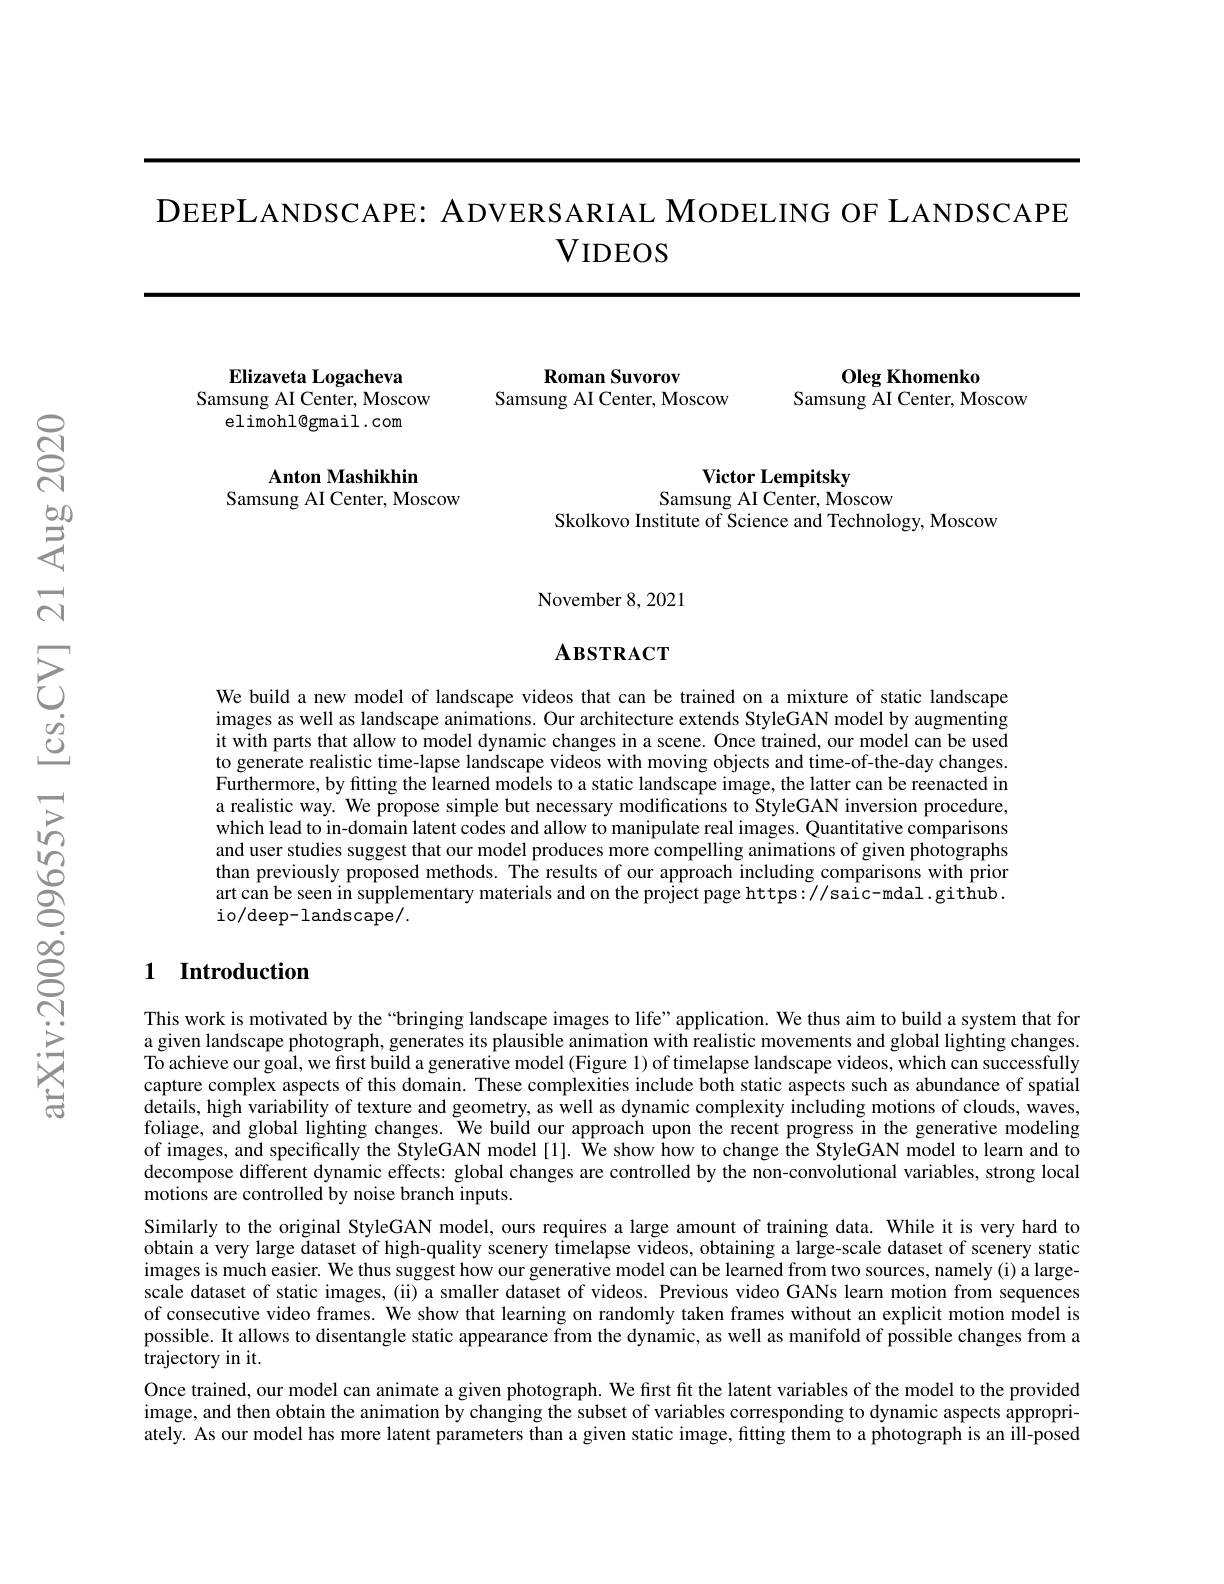
DEEPLANDSCAPE: ADVERSARIAL MODELING OF LANDSCAPE

$V_{\mathrm{IDEOS}}$

Oleg Khomenko

Samsung AI Center, Moscow

Elizaveta Logacheva
Samsung AI Center, Moscow
elimohl@gmail.com

Anton Mashikhin
Samsung AI Center, Moscow

Roman Suvorov

Samsung AI Center, Moscow

Victor Lempitsky
Samsung AI Center, Moscow

Skolkovo Institute of Science and Technology, Moscow

### November 8, 2021

## $\mathbf{A}_{\mathbf{BSTRACT}}$

We build a new model of landscape videos that can be trained on a mixture of static landscape images as well as landscape animations. Our architecture extends StyleGAN model by augmenting it with parts that allow to model dynamic changes in a scene. Once trained, our model can be used to generate realistic time-lapse landscape videos with moving objects and time-of-the-day changes. Furthermore, by fitting the learned models to a static landscape image, the latter can be reenacted in a realistic way. We propose simple but necessary modifications to StyleGAN inversion procedure, which lead to in-domain latent codes and allow to manipulate real images. Quantitative comparisons and user studies suggest that our model produces more compelling animations of given photographs than previously proposed methods. The results of our approach including comparisons with prior art can be seen in supplementary materials and on the project page https: //saic-mdal.github. io/deep-landscape/.

## 1 Introduction

This work is motivated by the“bringing landscape images to life”application. We thus aim to build a system that for a given landscape photograph, generates its plausible animation with realistic movements and global lighting changes. To achieve our goal, we fırst build a generative model (Figure 1) of timelapse landscape videos, which can successfully capture complex aspects of this domain. These complexities include both static aspects such as abundance of spatial details, high variability of texture and geometry, as well as dynamic complexity including motions of clouds, waves, foliage, and global lighting changes. We build our approach upon the recent progress in the generative modeling of images, and specifically the StyleGAN model[1]. $\hat{\text{We show how to change the StyleGAN model to learn and to}}$ decompose different dynamic effects: global changes are controlled by the non-convolutional variables, strong local motions are controlled by noise branch inputs.
Similarly to the original StyleGAN model, ours requires a large amount of training data. While it is very hard to obtain a very large dataset of high-quality scenery timelapse videos, obtaining a large-scale dataset of scenery static images is much easier. We thus suggest how our generative model can be learned from two sources, namely (i) a largescale dataset of static images, (ii) a smaller dataset of videos. Previous video GANs learn motion from sequences of consecutive video frames. We show that learning on randomly taken frames without an explicit motion model is possible. It allows to disentangle static appearance from the dynamic, as well as manifold of possible changes from a trajectory in it.
Once trained, our model can animate a given photograph. We first fit the latent variables of the model to the provided image, and then obtain the animation by changing the subset of variables corresponding to dynamic aspects appropriately. As our model has more latent parameters than a given static image, fitting them to a photograph is an ill-posed